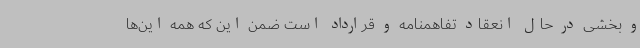
و بخشی در حال انعقاد تفاهمنامه و قرارداد است ضمن این که همه این‌ها